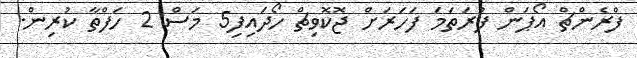
ފްރެންޗް އޯޕަން ފުރަތަމަ ފަހަރަށް ޖޮކޮވިޗް ހޯދައިފި5 މަސް 2 ހަފްތާ ކުރިން.